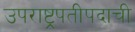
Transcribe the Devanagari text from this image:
उपराष्ट्रपतीपदाची